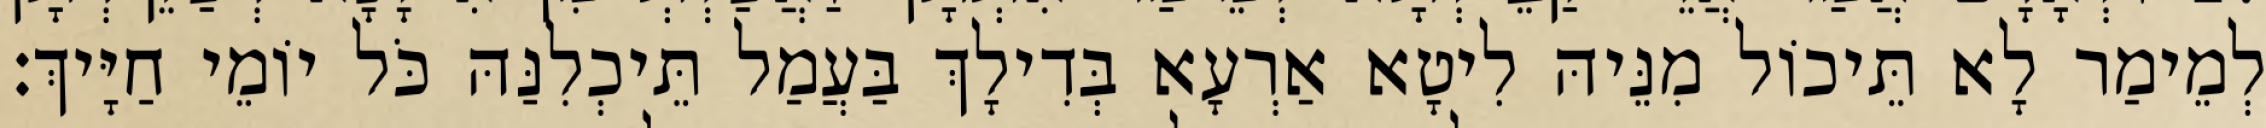
לְמֵימַר לָא תֵּיכוֹל מִנֵּיהּ לִיטָא אַרְעָא בְּדִילָךְ בַּעֲמַל תֵּיכְלִנַּהּ כֹּל יוֹמֵי חַיָּיךְ׃